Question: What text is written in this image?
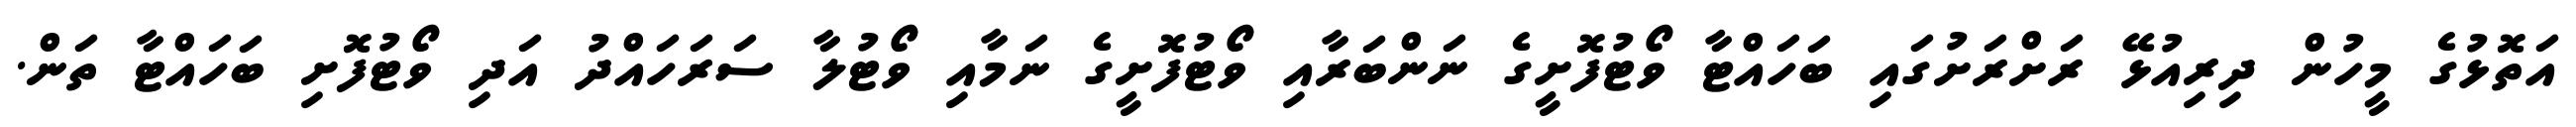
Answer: އަތޮޅުގެ މީހުން ދިރިއުޅޭ ރަށްރަށުގައި ބަހައްޓާ ވޯޓުފޮށީގެ ނަންބަރާއި ވޯޓުފޮށީގެ ނަމާއި ވޯޓުލާ ސަރަހައްދު އަދި ވޯޓުފޮށި ބަހައްޓާ ތަން.